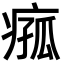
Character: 𪽵